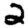
Digit: 2